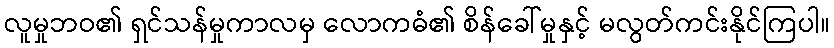
လူမှုဘဝ၏ ရှင်သန်မှုကာလမှ လောကဓံ၏ စိန်ခေါ်မှုနှင့် မလွတ်ကင်းနိုင်ကြပါ။